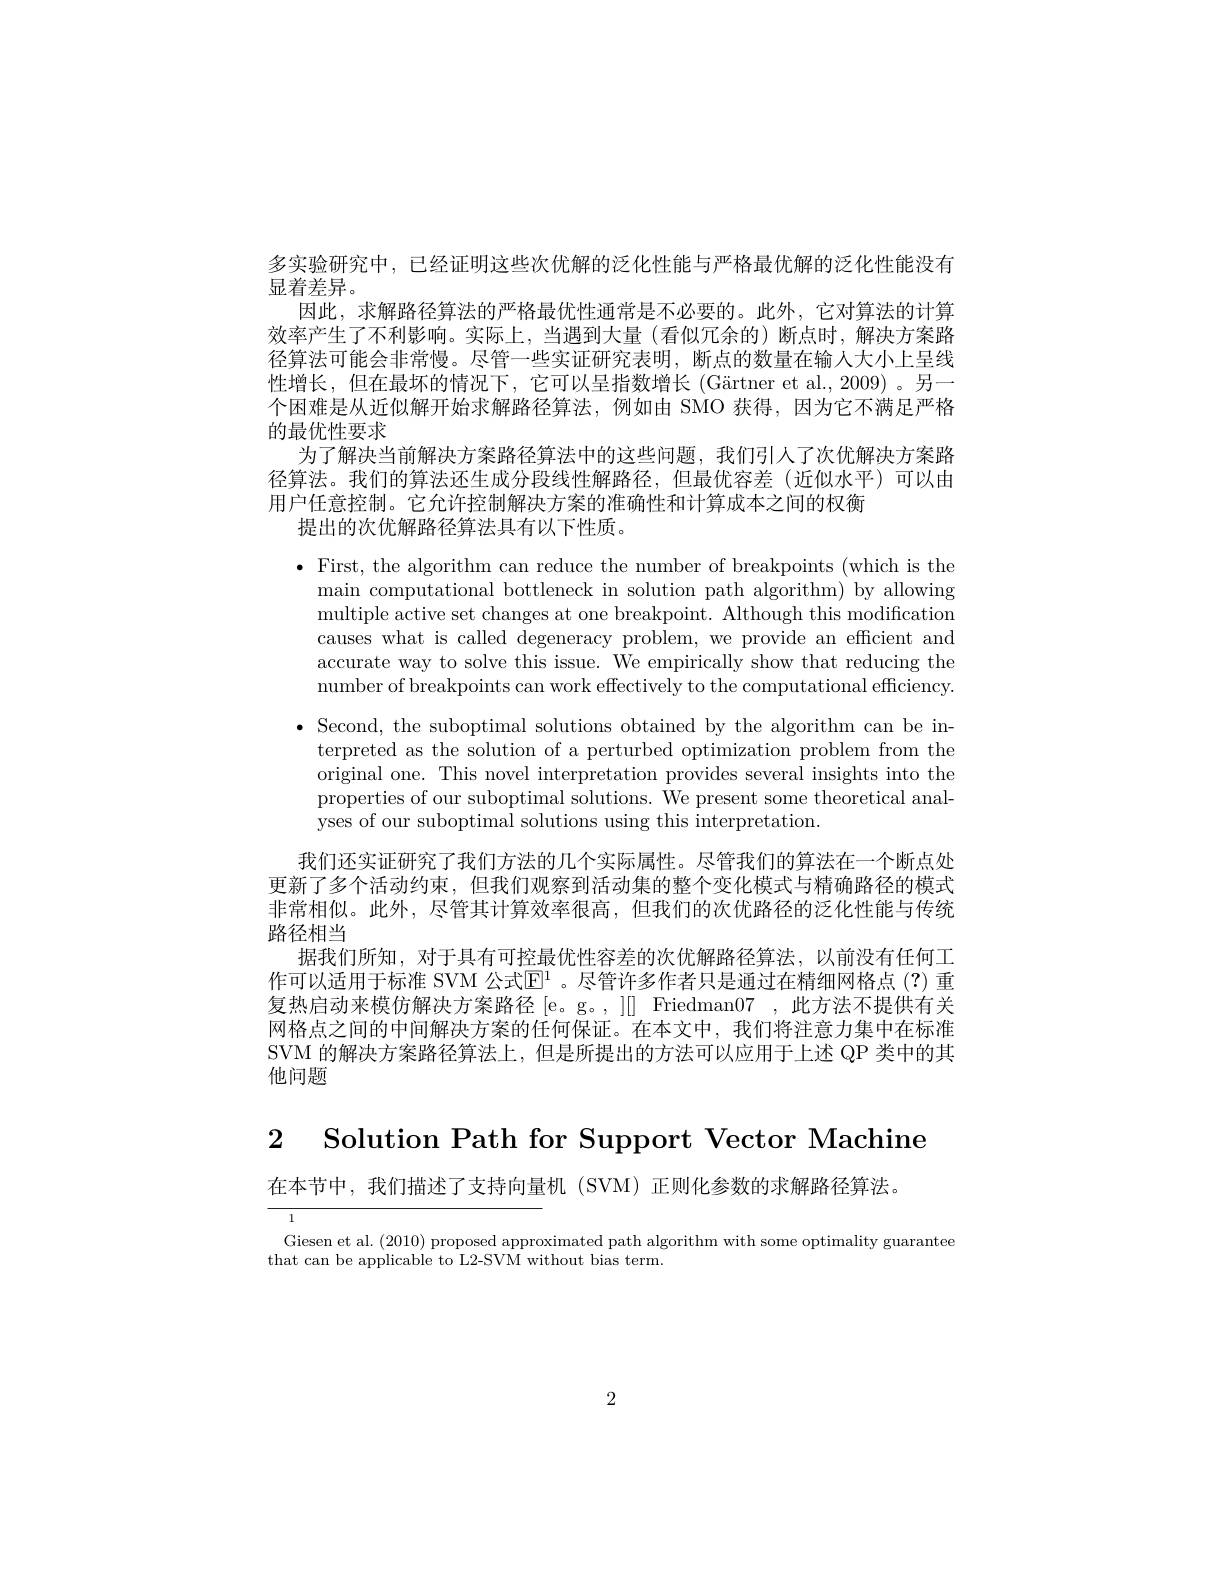
多实验研究中，已经证明这些次优解的泛化性能与严格最优解的泛化性能没有
显着差异。
因此，求解路径算法的严格最优性通常是不必要的。此外，它对算法的计算效率产生了不利影响。实际上，当遇到大量(看似冗余的)断点时，解决方案路径算法可能会非常慢。尽管一些实证研究表明，断点的数量在输人大小上呈线性增长，但在最坏的情况下，它可以呈指数增长$( \text{G\" {a}rtneretal. , 2009) 。另 一 }$ 个困难是从近似解开始求解路径算法，例如由 SMO 获得，因为它不满足严格的最优性要求
为了解决当前解决方案路径算法中的这些问题，我们引人了次优解决方案路径算法。我们的算法还生成分段线性解路径，但最优容差(近似水平)可以由用户任意控制。它允许控制解决方案的准确性和计算成本之间的权衡

提出的次优解路径算法具有以下性质。
$\bullet$ First, the algorithm can reduce the number of breakpoints (which is the
main computational bottleneck in solution path algorithm) by allowing multiple active set changes at one breakpoint. Although this modification causes what is called degeneracy problem, we provide an efficient and accurate way to solve this issue. We empirically show that reducing the number of breakpoints can work effectively to the computational efficiency.
$\bullet$ Second, the suboptimal solutions obtained by the algorithm can be in-
terpreted as the solution of a perturbed optimization problem from the original one. This novel interpretation provides several insights into the properties of our suboptimal solutions. We present some theoretical analyses of our suboptimal solutions using this interpretation.
我们还实证研究了我们方法的几个实际属性。尽管我们的算法在一个断点处更新了多个活动约束，但我们观察到活动集的整个变化模式与精确路径的模式非常相似。此外，尽管其计算效率很高，但我们的次优路径的泛化性能与传统路径相当
据我们所知，对于具有可控最优性容差的次优解路径算法，以前没有任何工作可以适用于标准 SVM 公式$\mathbb{E}^1$ 。尽管许多作者只是通过在精细网格点 (?)重复热启动来模仿解决方案路径[e。g。,][] Friedman07 ,此方法不提供有关网格点之间的中间解决方案的任何保证。在本文中，我们将注意力集中在标准SVM 的解决方案路径算法上，但是所提出的方法可以应用于上述 QP 类中的其他问题

2 Solution Path for Support Vector Machine

在本节中，我们描述了支持向量机(SVM)正则化参数的求解路径算法。

1

Giesen et al. (2010) proposed approximated path algorithm with some optimality guarantee

that can be applicable to L2-SVM without bias term.

2